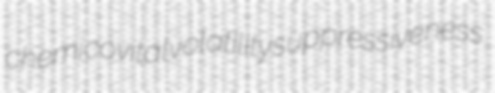
chemicovital volatility suppressiveness